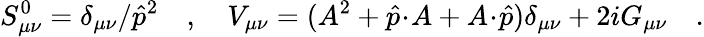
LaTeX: S_{\mu\nu}^{0}=\delta_{\mu\nu}/{\hat{p}^{2}}\quad,\quad V_{\mu\nu}=(A^{2}+\hat{p}\! \cdot\! A+A\! \cdot\! \hat{p})\delta_{\mu\nu}+2iG_{\mu\nu}\quad.